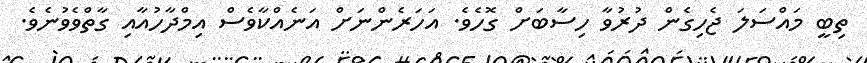
ތިބީ މައްސަލަ ޖެހިގެން ދުރުވާ ހިސާބަށް ގޮހެވެ. އަަހަރެންނަށް އަނެއްކާވެސް އިމްދާހުއާއި ގާތްވެވުނެވެ.